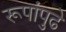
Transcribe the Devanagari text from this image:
रूपांपुढे